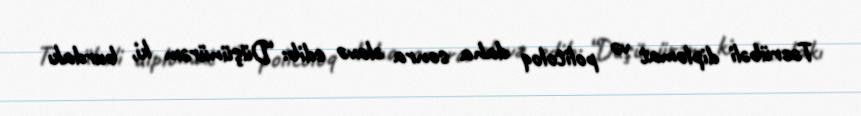
Təcrübəli diplomat və politoloq daha sonra əlavə edib: “Düşünürəm ki, burdakı